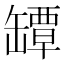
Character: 罈